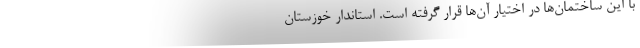
با این ساختمان‌ها در اختیار آن‌ها قرار گرفته است. استاندار خوزستان